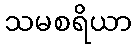
သမစရိယာ